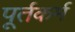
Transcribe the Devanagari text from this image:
पूर्तकर्म